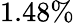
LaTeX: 1.48\%